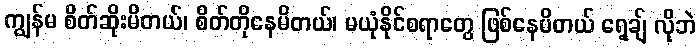
ကျွန်မ စိတ်ဆိုးမိတယ်၊ စိတ်တိုနေမိတယ်၊ မယုံနိုင်စရာတွေ ဖြစ်နေမိတယ် ရေ့ချ် လိုဘဲ